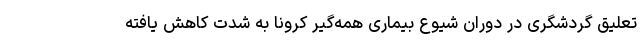
تعلیق گردشگری در دوران شیوع بیماری همه‌گیر کرونا به شدت کاهش یافته